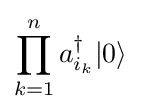
\prod _{k=1}^{n}a_{i_{k}}^{\dagger }|0\rangle